Vabadussoja_Ajaloo_Komitee, lk 8
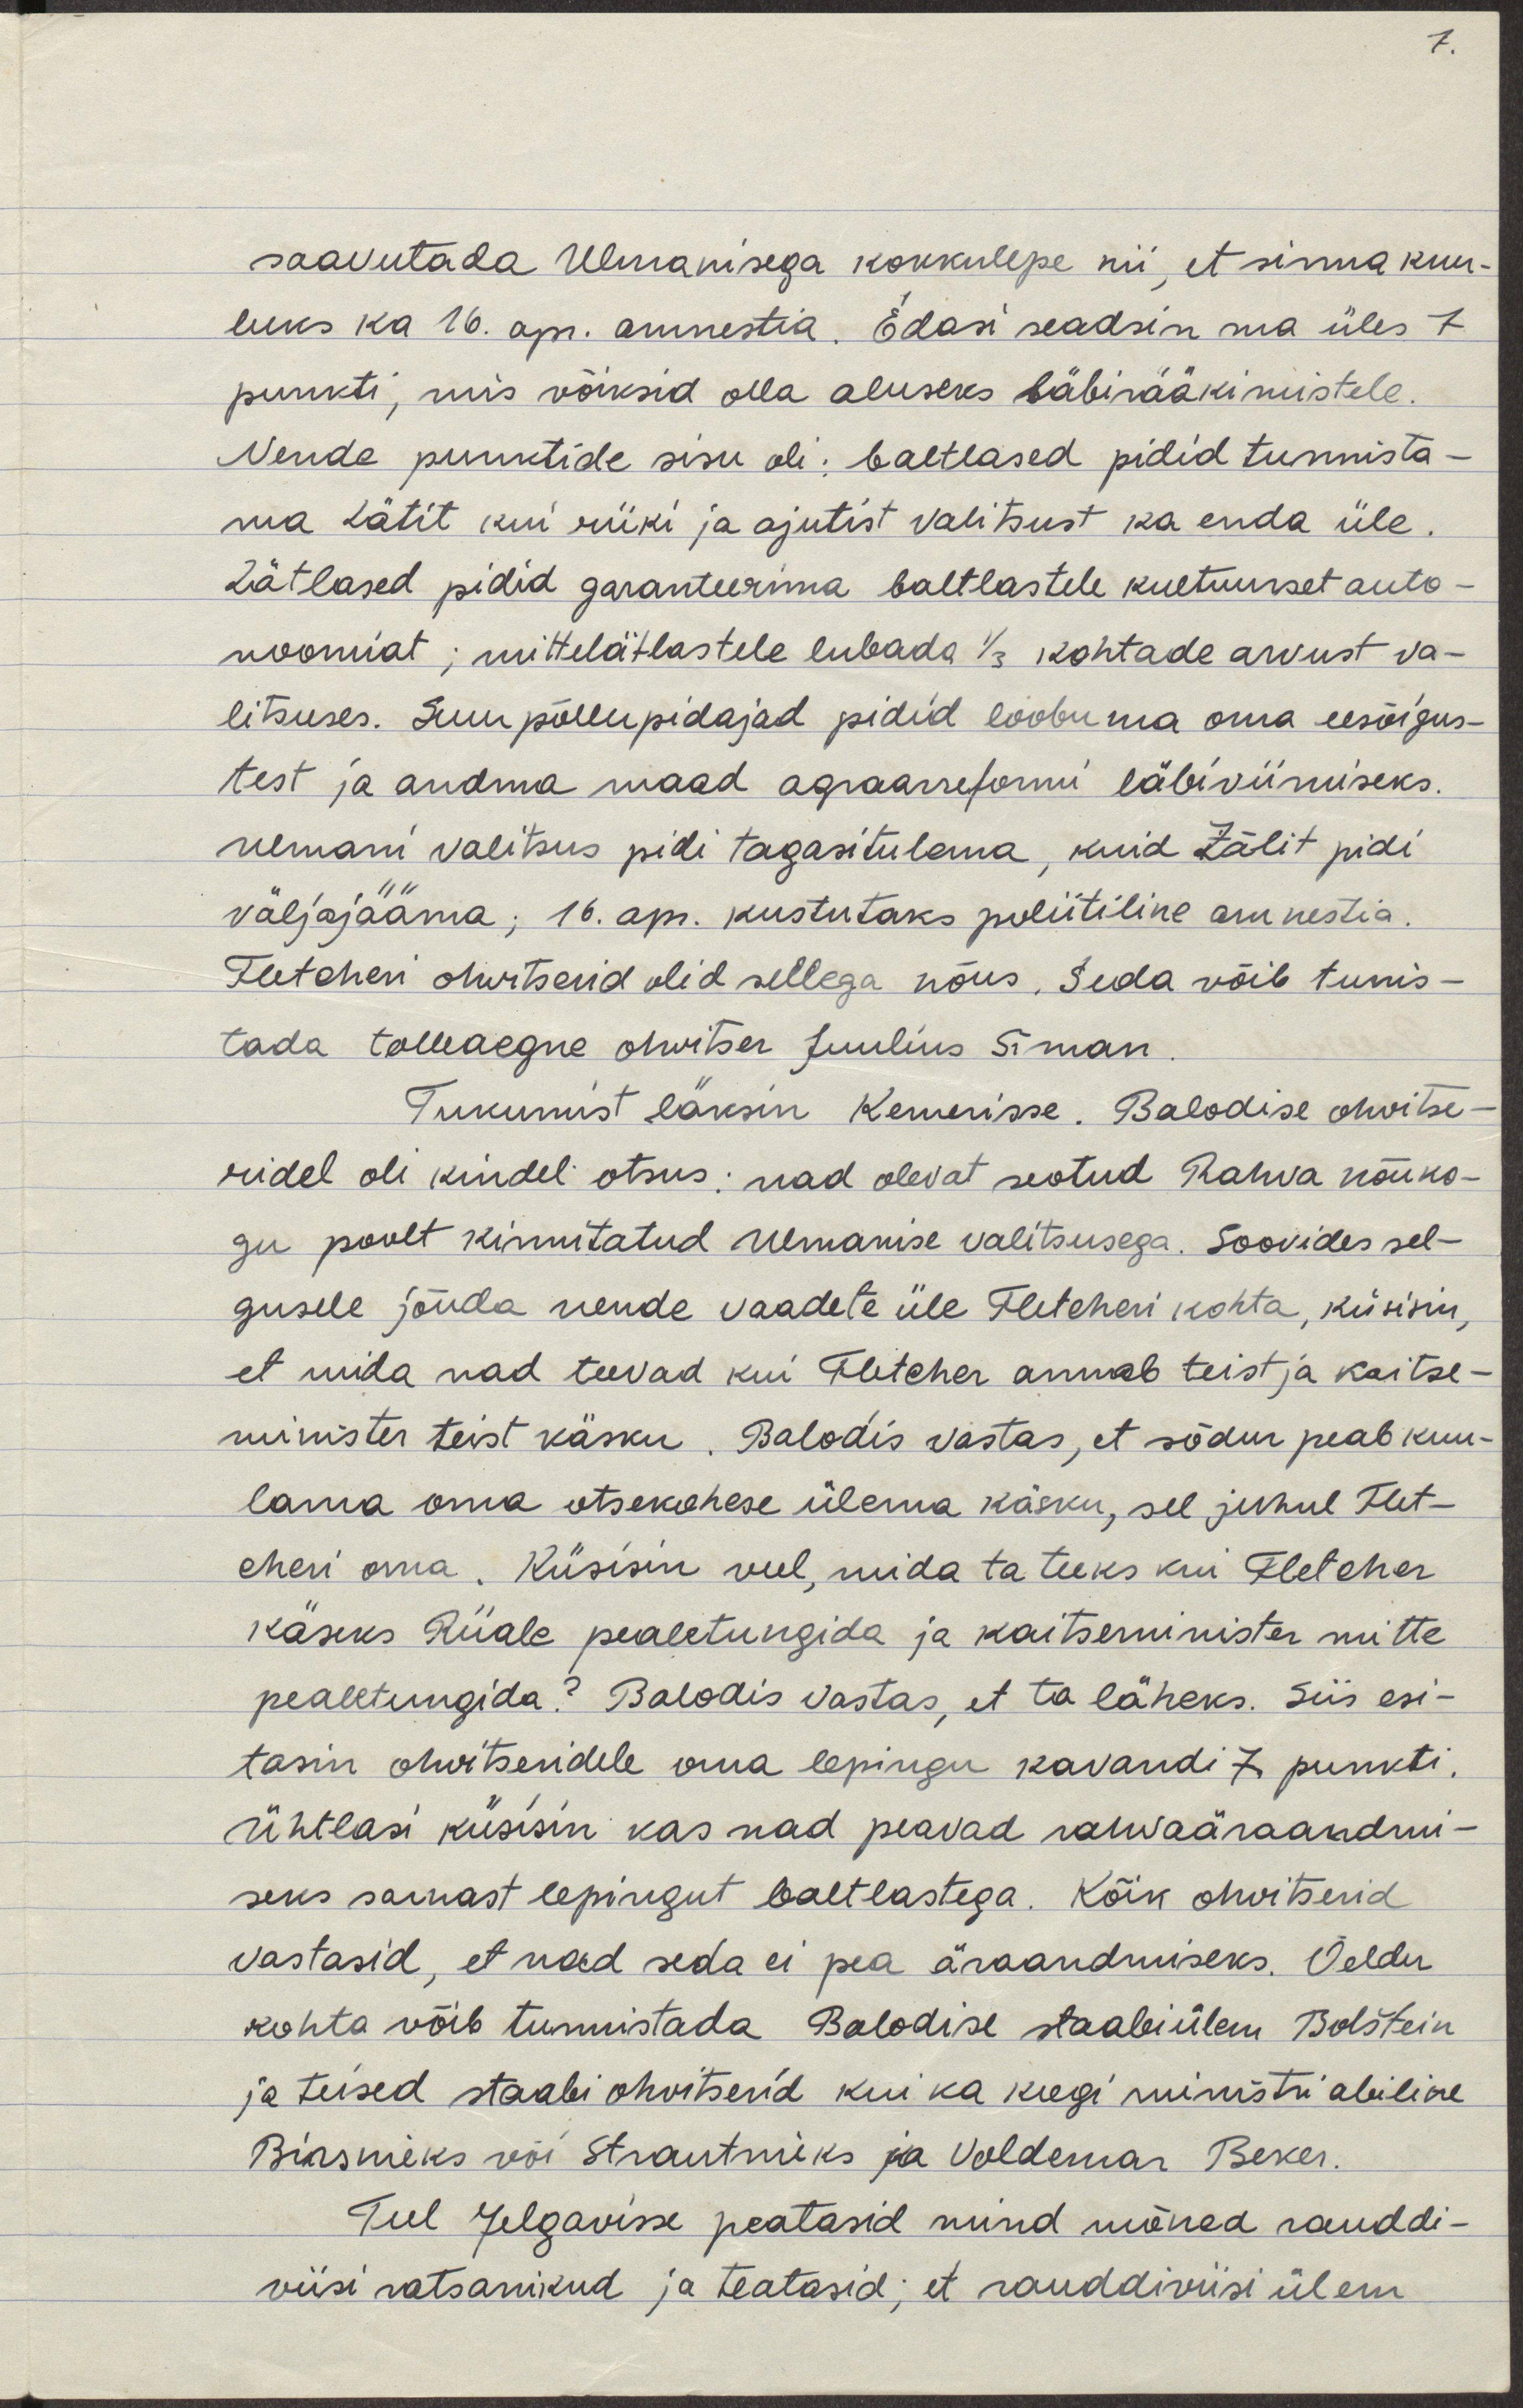
saavutada Ulmanisega kokkulepe nii, et sinna kuu-
luks ka 16. apr. amnestia. Edasi seadsin ma üles 7
punkti, mis võiksid olla aluseks läbirääkimistele.
Nende punktide sisu oli: baltlased pidid tunnista-
ma Lätit kui riiki ja ajutist valitsust ka enda üle.
Lätlased pidid garanteerima baltlastele kultuurset auto-
noomiat; mittelätlastele lubada 1/3 kohtade arvust va-
litsuses. Suur põllupidajad pidid loobuma oma eesõigus-
test ja andma maad agraarreformi läbiviimiseks.
Ulmani valitsus pidi tagasitulema, kuid Zālit pidi
väljajääma; 16. apr. kustutaks poliitiline amnestia.
Fletcheri ohvitserid olid sellega nõus. Seda võib tunis-
tada tolleaegne ohvitser Juulius Siman.
Tukumist läksin Kemerisse. Balodise ohvitse-
ridel oli kindel otsus: nad olevat seotud Rahva nõuko-
gu poolt kinnitatud Ulmanise valitsusega. Soovides sel-
gusele jõuda nende vaadete üle Fletcheri kohta, küsisin,
et mida nad teevad kui Fletcher annab teist ja kaitse-
minister teist käsku. Balodis vastas, et sõdur peab kuu-
lama oma otsekohese ülema käsku, sel juhul Flet-
cheri oma. Küsisin veel, mida ta teeks kui Fletcher
käseks Riiale pealetungida ja kaitseminister mitte
pealetungida? Balodis vastas, et ta läheks. Siis esi-
tasin ohvitseridele oma lepingu kavandi 7 punkti.
Ühtlasi küsisin kas nad peavad rahvaäraandmi-
seks sarnast lepingut baltlastega. Kõik ohvitserid
vastasid, et nad seda ei pea äraandmiseks. Öeldu
kohta võib tunnistada Balodise staabiülem Bolštein
ja teised staabi ohvitserid kui ka keegi ministri abiline
Binsmiks või Strautmiks ja Voldemar Beker.
Teel Jelgavisse peatasid mind mõned rauddi-
viisi ratsanikud ja teatasid; et rauddiviisi ülem